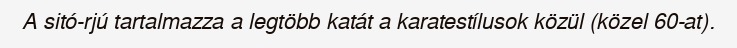
A sitó-rjú tartalmazza a legtöbb katát a karatestílusok közül (közel 60-at).